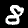
Digit: 8